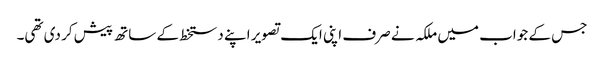
جس کے جواب میں ملکہ نے صرف اپنی ایک تصویر اپنے دستخط کے ساتھ پیش کر دی تھی۔